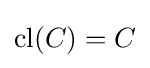
\operatorname {cl} (C)=C